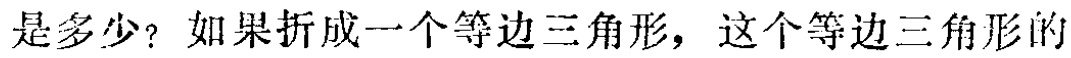
是多少？如果折成一个等边三角形，这个等边三角形的